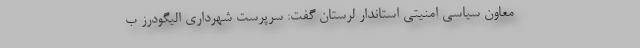
معاون سیاسی امنیتی استاندار لرستان گفت: سرپرست شهرداری الیگودرز ب